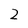
Character: 2